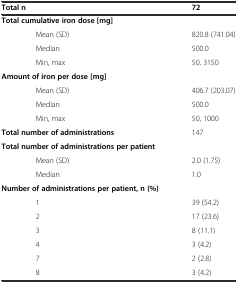
<table><thead><tr><td><b>Total n</b></td><td><b>72</b></td></tr></thead><tbody><tr><td><b>Total cumulative iron dose [mg]</b></td><td></td></tr><tr><td>Mean (SD)</td><td>820.8 (741.04)</td></tr><tr><td>Median</td><td>500.0</td></tr><tr><td>Min, max</td><td>50, 3150</td></tr><tr><td><b>Amount of iron per dose [mg]</b></td><td></td></tr><tr><td>Mean (SD)</td><td>406.7 (203.07)</td></tr><tr><td>Median</td><td>500.0</td></tr><tr><td>Min, max</td><td>50, 1000</td></tr><tr><td><b>Total number of administrations</b></td><td>147</td></tr><tr><td><b>Total number of administrations per patient</b></td><td></td></tr><tr><td>Mean (SD)</td><td>2.0 (1.75)</td></tr><tr><td>Median</td><td>1.0</td></tr><tr><td><b>Number of administrations per patient, n (%)</b></td><td></td></tr><tr><td>1</td><td>39 (54.2)</td></tr><tr><td>2</td><td>17 (23.6)</td></tr><tr><td>3</td><td>8 (11.1)</td></tr><tr><td>4</td><td>3 (4.2)</td></tr><tr><td>7</td><td>2 (2.8)</td></tr><tr><td>8</td><td>3 (4.2)</td></tr></tbody></table>